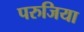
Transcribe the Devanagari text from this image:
परुजिया